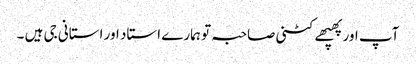
آپ اور پھپھے کٹنی صاحبہ تو ہمارے استاد اور استانی جی ہیں ۔